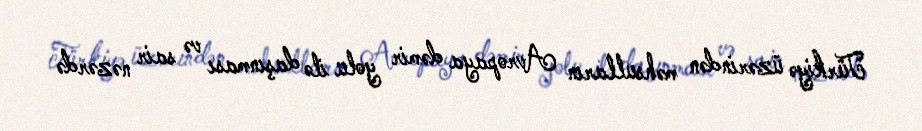
Türkiyə üzərindən məhsulların Avropaya dəmir yolu ilə daşınması və sair nəzərdə